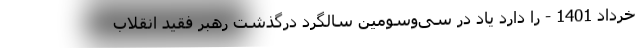
خرداد 1401 - را دارد یاد در سی‌و‌سومین سالگرد درگذشت رهبر فقید انقلاب